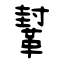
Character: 鞤